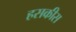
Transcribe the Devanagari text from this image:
हसकीस